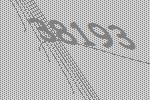
38193